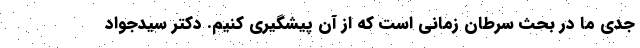
جدی ما در بحث سرطان زمانی است که از آن پیشگیری کنیم. دکتر سیدجواد